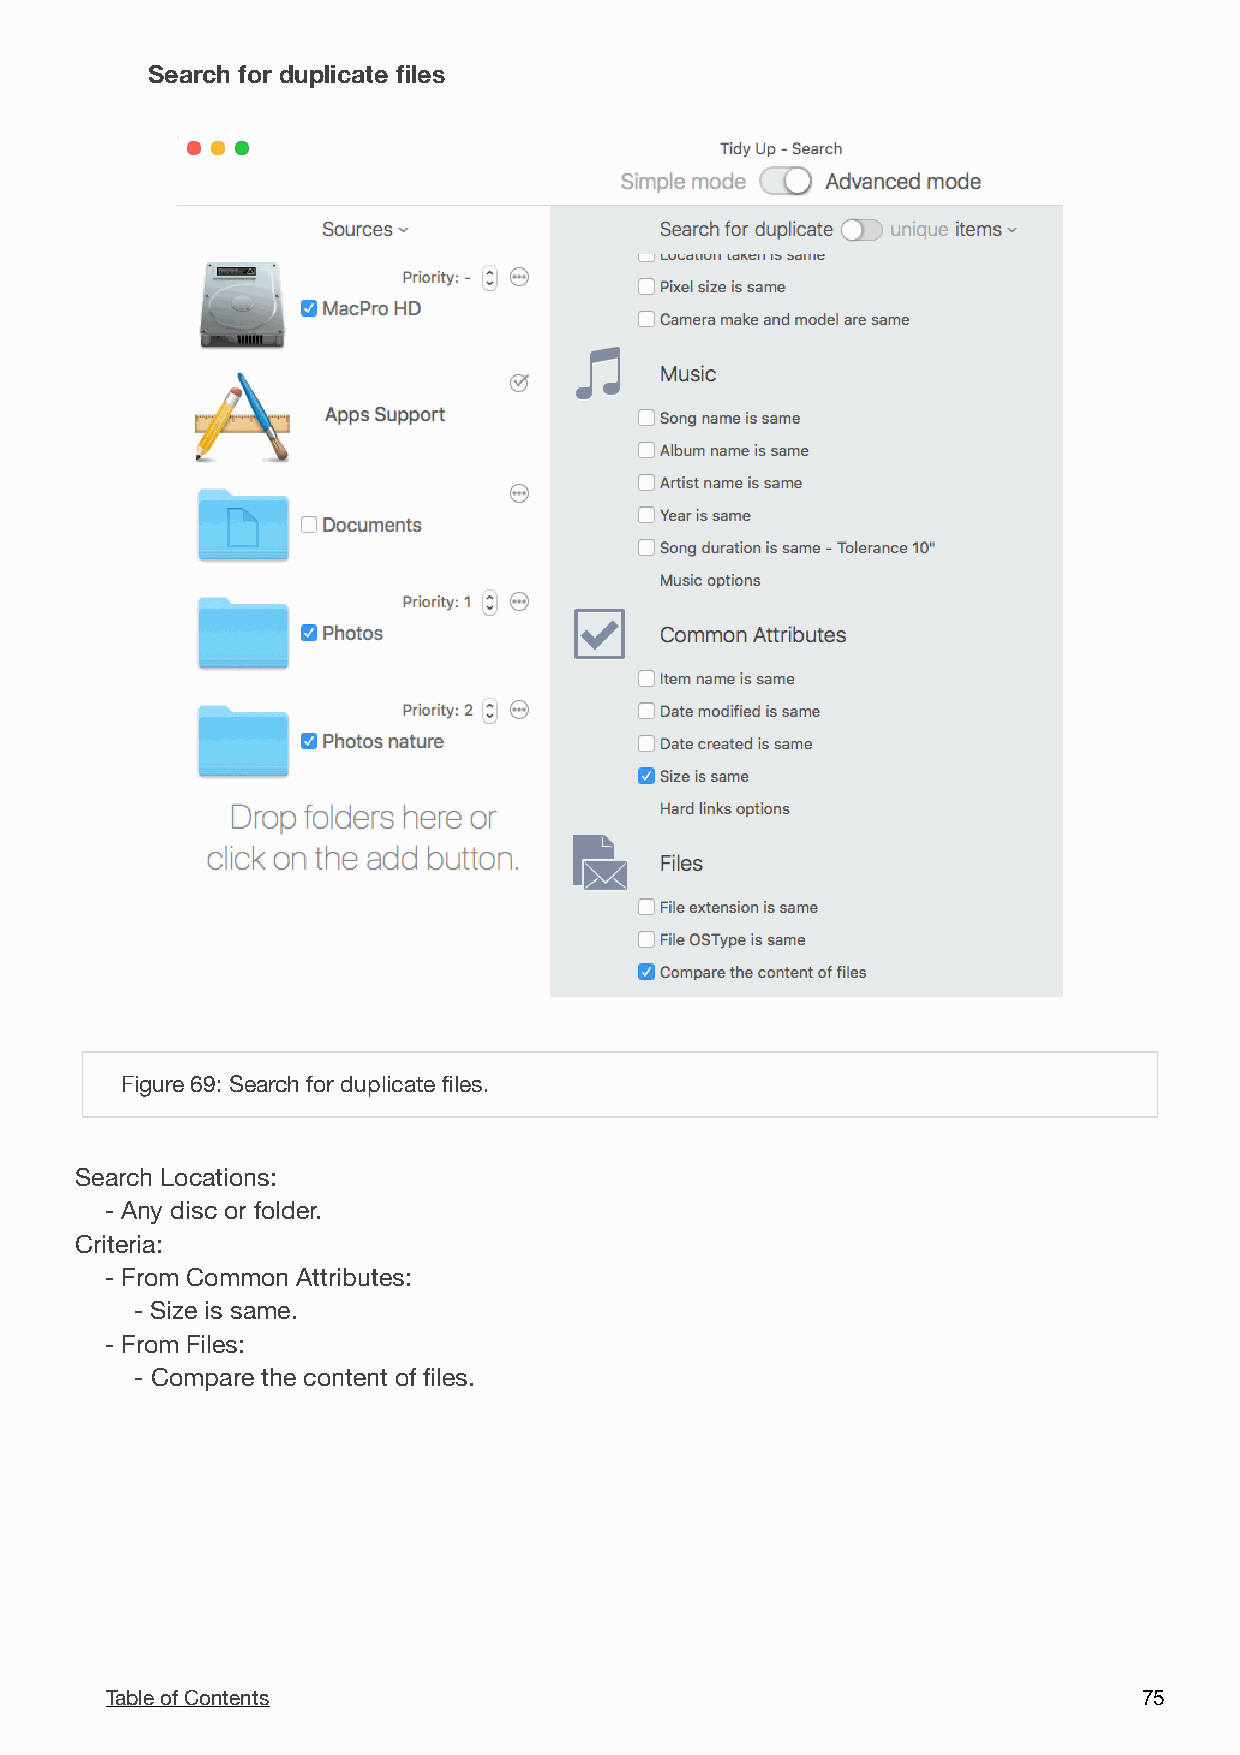
Search for duplicate files
 !
 Figure 69: Search for duplicate files.
 Search Locations:
 - Any disc or folder.
 Criteria:
 - From Common Attributes:
 - Size is same.
 - From Files:
 - Compare the content of files.
 Table of Contents                                                    7 5